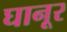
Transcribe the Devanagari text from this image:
घानूर